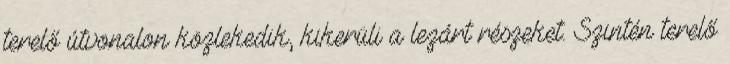
terelő útvonalon közlekedik, kikerüli a lezárt részeket. Szintén terelő